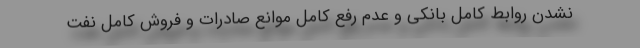
نشدن روابط کامل بانکی و عدم رفع کامل موانع صادرات و فروش کامل نفت